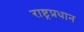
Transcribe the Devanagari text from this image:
राष्ट्रप्रधान